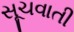
સૂચવાતી